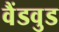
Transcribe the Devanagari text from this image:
वैंडवुड